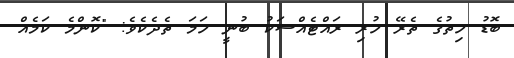
ބޮޑު ހިތުގެ ތެރޭ ހުރި ރައްޓެއްސަކު ބުނީ ހަމަ ތެދެކެވެ: "ކޮންމެ ކަމެއް